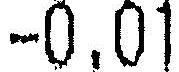
-0.01